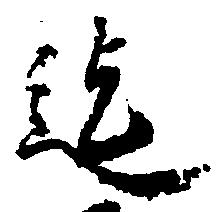
迄